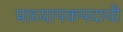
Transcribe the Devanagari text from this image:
प्राध्यापकपदाची